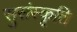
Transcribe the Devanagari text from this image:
सुसंस्कृति